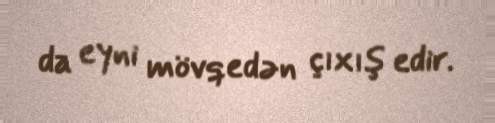
da eyni mövqedən çıxış edir.